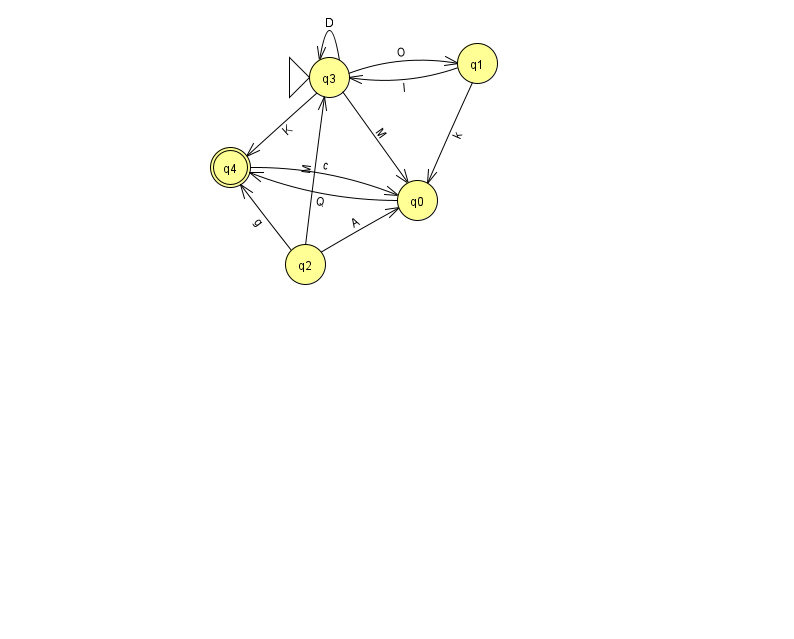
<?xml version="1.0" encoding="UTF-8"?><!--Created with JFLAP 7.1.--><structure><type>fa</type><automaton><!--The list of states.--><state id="0" name="q0"><x>417.0</x><y>187.0</y></state><state id="1" name="q1"><x>477.0</x><y>50.0</y></state><state id="2" name="q2"><x>305.0</x><y>251.0</y></state><state id="3" name="q3"><x>329.0</x><y>64.0</y><initial/></state><state id="4" name="q4"><x>230.0</x><y>154.0</y><final/></state><!--The list of transitions.--><transition><from>1</from><to>3</to><read>I</read></transition><transition><from>3</from><to>0</to><read>M</read></transition><transition><from>3</from><to>3</to><read>D</read></transition><transition><from>3</from><to>1</to><read>O</read></transition><transition><from>2</from><to>4</to><read>g</read></transition><transition><from>3</from><to>4</to><read>K</read></transition><transition><from>4</from><to>0</to><read>c</read></transition><transition><from>0</from><to>4</to><read>Q</read></transition><transition><from>1</from><to>0</to><read>k</read></transition><transition><from>2</from><to>0</to><read>A</read></transition><transition><from>2</from><to>3</to><read>M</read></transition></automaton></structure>